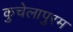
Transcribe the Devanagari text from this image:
कुचेलापुरम